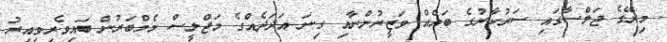
މިރޭގެ ޖަލްސާގައި ސަރުކާރުގެ ބައެއް ވަޒީރުންނާއި ގިނަ އަދަދެއްގެ މަޖްލީސް މެމްބަރުން ބައިވެރިވިއިރު